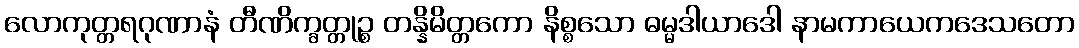
လောကုတ္တရဂုဏာနံ တီဏိက္ခတ္တုဉ္စ တန္နိမိတ္တကော နိစ္စသော ဓမ္မဒါယာဒေါ နာမကာယေကဒေသတော